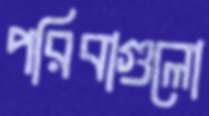
পরিবাগুলো